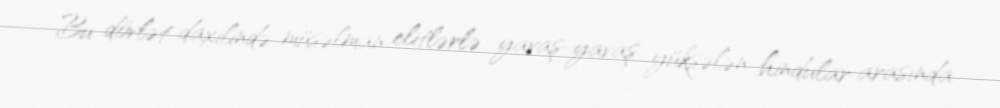
Bu dövlət daxilində müsəlman elitlərlə yavaş-yavaş yüksələn hindular arasında